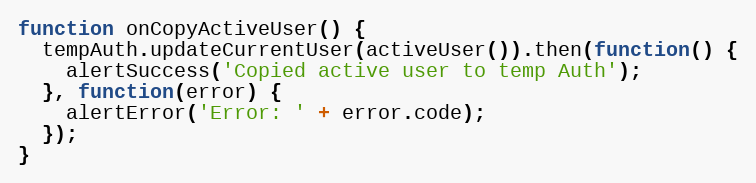
Language: JavaScript
function onCopyActiveUser() {
  tempAuth.updateCurrentUser(activeUser()).then(function() {
    alertSuccess('Copied active user to temp Auth');
  }, function(error) {
    alertError('Error: ' + error.code);
  });
}